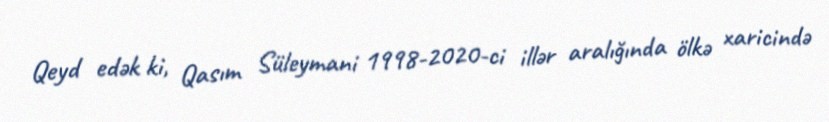
Qeyd edək ki, Qasım Süleymani 1998-2020-ci illər aralığında ölkə xaricində